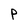
Character: P